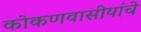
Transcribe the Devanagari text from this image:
कोकणवासीयांचे